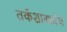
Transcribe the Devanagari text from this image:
तर्कशास्त्रग्रंथ